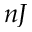
n J